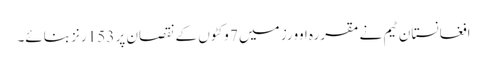
افغانستان ٹیم نے مقررہ اوورز میں 7 وکٹوں کے نقصان پر 153 رنز بنائے۔